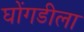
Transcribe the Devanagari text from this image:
घोंगडीला